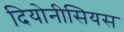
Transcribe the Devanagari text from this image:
दियोनीसियस